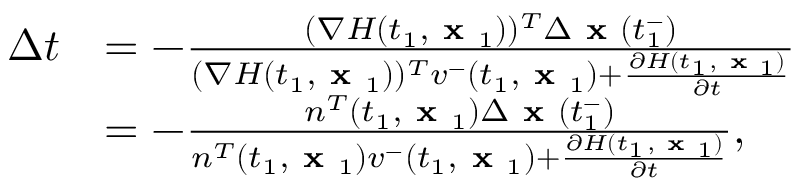
\begin{array} { r l } { \Delta t } & { = - \frac { ( \nabla H ( t _ { 1 } , \textbf { x } _ { 1 } ) ) ^ { T } \Delta \textbf { x } ( t _ { 1 } ^ { - } ) } { ( \nabla H ( t _ { 1 } , \textbf { x } _ { 1 } ) ) ^ { T } v ^ { - } ( t _ { 1 } , \textbf { x } _ { 1 } ) + \frac { \partial H ( t _ { 1 } , \textbf { x } _ { 1 } ) } { \partial t } } } \\ & { = - \frac { n ^ { T } ( t _ { 1 } , \textbf { x } _ { 1 } ) \Delta \textbf { x } ( t _ { 1 } ^ { - } ) } { n ^ { T } ( t _ { 1 } , \textbf { x } _ { 1 } ) v ^ { - } ( t _ { 1 } , \textbf { x } _ { 1 } ) + \frac { \partial H ( t _ { 1 } , \textbf { x } _ { 1 } ) } { \partial t } } , } \end{array}